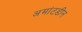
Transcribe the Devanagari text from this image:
अमांटडीन